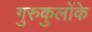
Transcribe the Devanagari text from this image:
गुरुकुलोंके